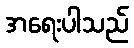
အရေးပါသည်